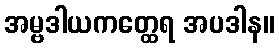
အမ္ဗဒါယကတ္ထေရ အပဒါန။